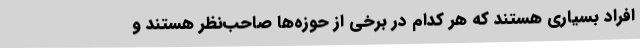
افراد بسیاری هستند که هر کدام در برخی از حوزه‌ها صاحب‌نظر هستند و